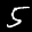
Label: 5